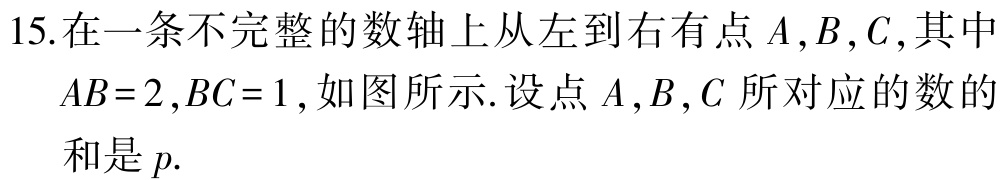
15.在一条不完整的数轴上从左到右有点\(A,B,C\),其中\(AB = 2,BC = 1\),如图所示.设点\(A,B,C\)所对应的数的和是\(p\).